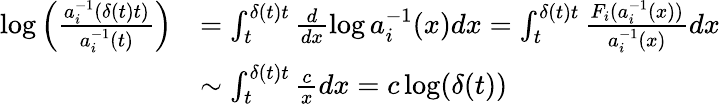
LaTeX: \begin{array}{rl}{\log\left(\frac{a_{i}^{-1}(\delta(t)t)}{a_{i}^{-1}(t)}\right)}&{=\int_{t}^{\delta(t)t}\frac{d}{dx}\log a_{i}^{-1}(x)dx=\int_{t}^{\delta(t)t}\frac{F_{i}(a_{i}^{-1}(x))}{a_{i}^{-1}(x)}dx}\\ &{\sim\int_{t}^{\delta(t)t}\frac{c}{x}dx=c\log(\delta(t))}\end{array}